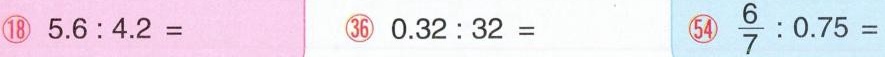
⑱$$5 . 6 : 4 . 2 =$$ ㊱ $$0 . 3 2 : 3 2 =$$ \bigcirc{54} $$\frac { 6 } { 7 } : 0 . 7 5 =$$